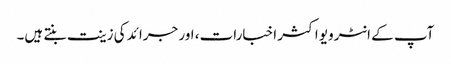
آپ کے انٹرویو اکثر اخبارات، اور جرائد کی زینت بنتے ہیں۔